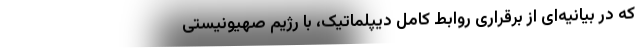
که در بیانیه‌ای از برقراری روابط کامل دیپلماتیک، با رژیم صهیونیستی